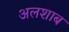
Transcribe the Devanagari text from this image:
अलशाब